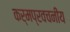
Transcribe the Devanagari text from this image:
कर्मप्रवचनीय